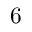
6